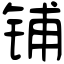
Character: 铺